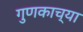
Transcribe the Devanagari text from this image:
गुणकाच्या